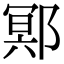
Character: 鄍